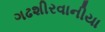
ગઢશીરવાનીયા